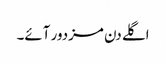
اگلے دن مزدور آئے۔